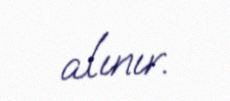
alınır.